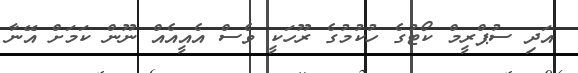
އަދި ސުޕްރީމް ކޯޓުގެ ހުކުމުގެ ރޫހަކީ ވެސް އެއީއެއް ނޫން ކަމަށް އޭނާ